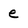
Character: e